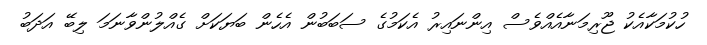
ހުކުމަކާއެކު ޖޫރިމަނާއެއްވެސް އިންނައިރު އެކަމުގެ ސަބަބުން އެހެން ބަޔަކަށް ގެއްލުންވާނަމަ ލިބޭ އަދަބު